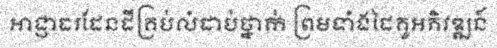
អាជ្ញាធរដែនដីគ្រប់លំដាប់ថ្នាក់ ព្រមទាំងដៃគូអភិវឌ្ឍន៍